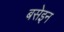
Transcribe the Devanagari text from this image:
बसेइन